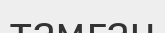
тамған